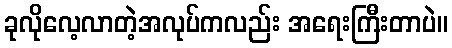
ခုလိုလေ့လာတဲ့အလုပ်ကလည်း အရေးကြီးတာပဲ။